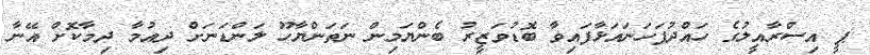
ޕީ އިސްރާއީލުގެ ހައްދުފަހަނައަޅާފައިވާ ބޮޑުވަޒީރު ބެންޔަމިން ނަތަންޔާހޫ ލަންޑަނަށް ދިއުމާ ދިމާކޮށް އޭނާ